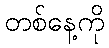
တစ်နေ့ကို